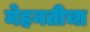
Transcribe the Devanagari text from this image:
मेहनतीचा